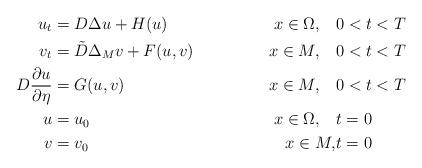
LaTeX: \begin{align*} u_t&= D \Delta u+H(u) & x\in \Omega, \quad&0<t<T\\ v_t&=\tilde D \Delta_{M} v+F(u,v)& x\in M,\quad& 0<t<T\\ D\frac{\partial u}{\partial \eta}&=G(u,v) & x\in M, \quad&0<t<T\\u&=u_0 &x\in\Omega ,\quad& t=0\\ v&=v_0 & x\in M ,&t=0\end{align*}